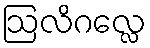
ဩလိဂလ္လေ